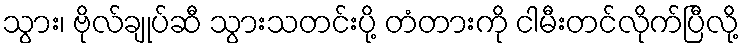
သွား၊ ဗိုလ်ချုပ်ဆီ သွားသတင်းပို့ တံတားကို ငါမီးတင်လိုက်ပြီလို့